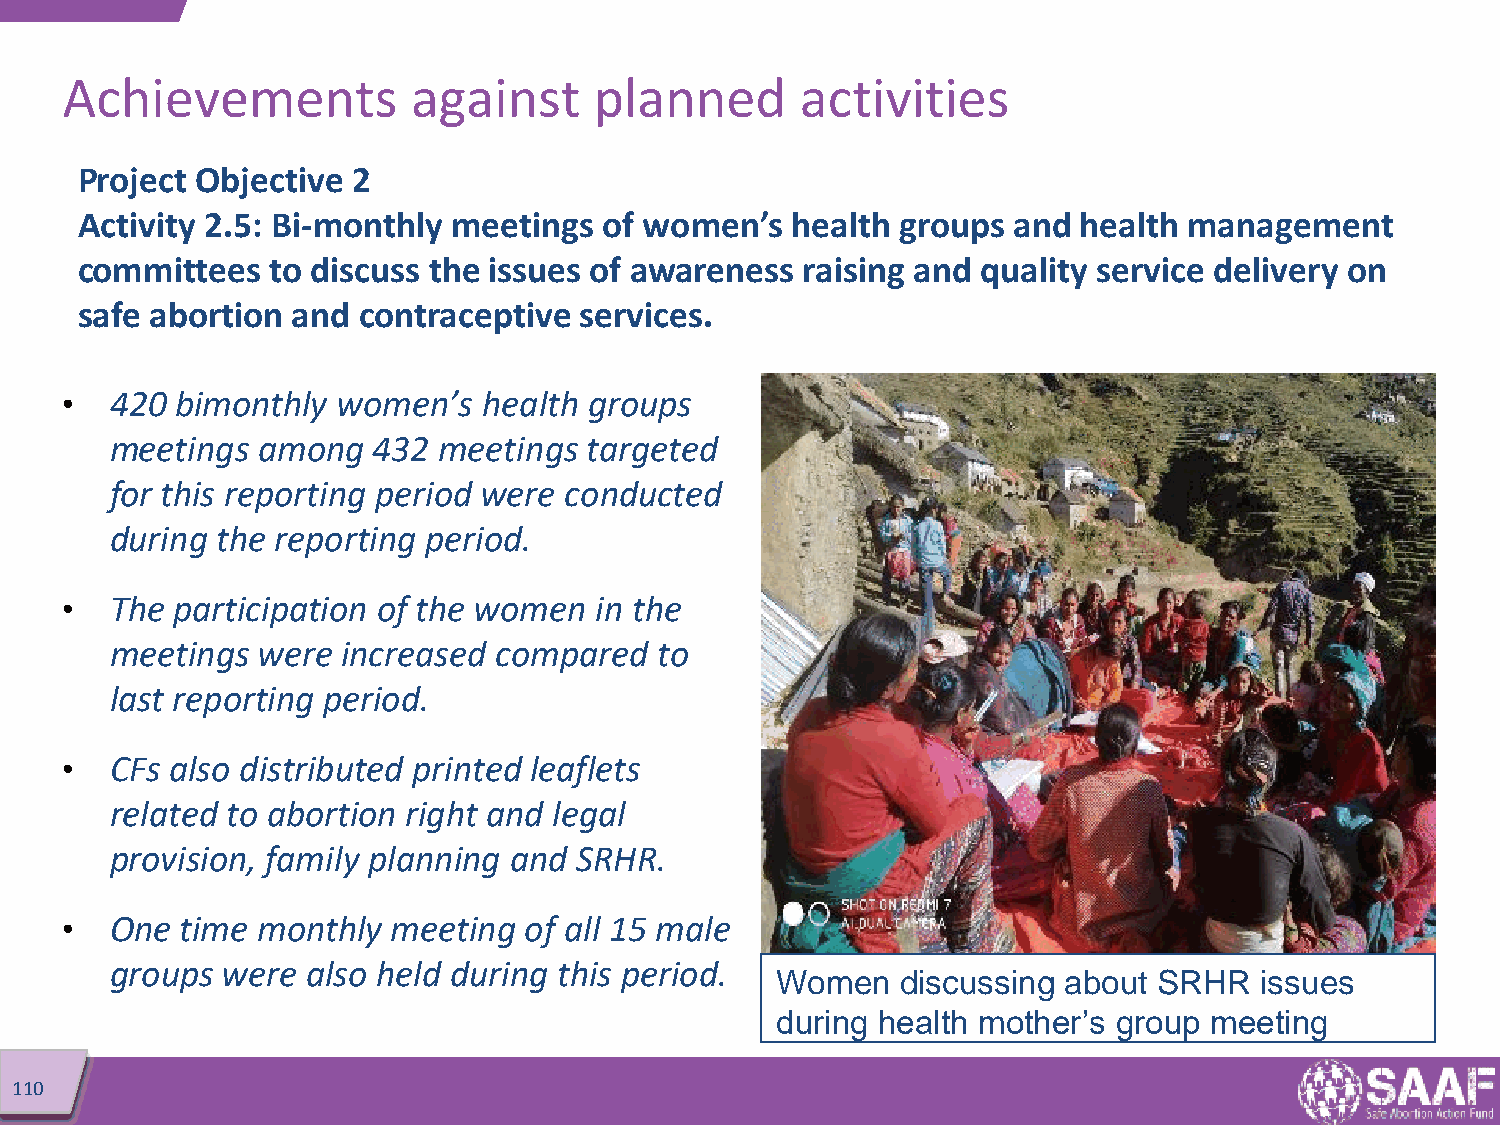
Achievements           against     planned       activities
 Project Objective 2
 Activity 2.5: Bi-monthly meetings  of women’s  health  groups and health  management
 committees   to discuss the issues of awareness raising and quality service delivery on
 safe abortion and  contraceptive services.
 •  420  bimonthly women’s   health groups
 meetings  among   432 meetings  targeted
 for this reporting period were conducted
 during the reporting period.
 •  The participation of the women  in the
 meetings  were  increased compared   to
 last reporting period.
 •  CFs also distributed printed leaflets
 related to abortion right and legal
 provision, family planning and SRHR.
 •  One  time monthly  meeting  of all 15 male
 groups  were also held during this period.
 Women    discussing about SRHR  issues
 during health mother’s group meeting
 110